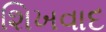
શિખવાદ